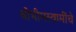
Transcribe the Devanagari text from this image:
श्रीभीमस्वामींचे